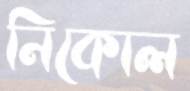
নিকোল